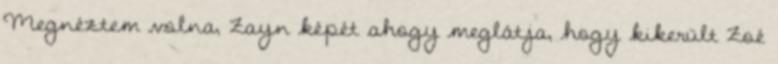
Megnéztem volna, Zayn képét ahogy meglátja, hogy kikerült Zoé